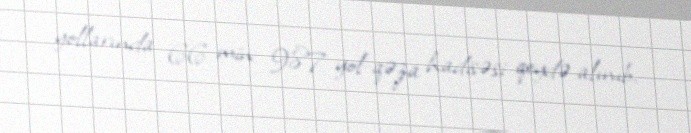
yollarında 66 min 987 yol-qəza hadisəsi qeydə alınıb.